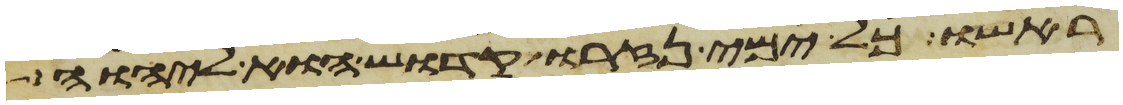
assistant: ראשו כל ימי נזרו קדוש הוא ליהוה